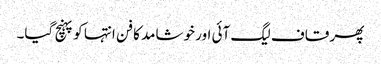
پھر قاف لیگ آئی اور خوشامد کا فن انتہا کو پہنچ گیا۔